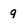
Character: q